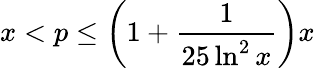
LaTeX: x<p\leq\left(1+{\frac{1}{25\ln^{2}{x}}}\right)x